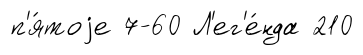
п'я́тоjе 7-60 Л'ег'е́нда 210